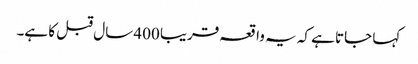
کہا جاتا ہے کہ یہ واقعہ قریبا 400 سال قبل کا ہے۔